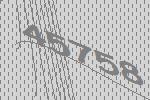
45758